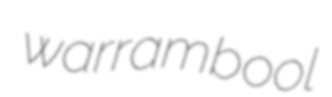
warrambool